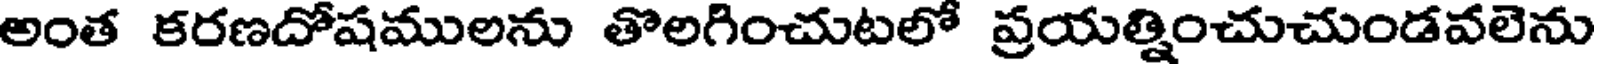
అంత కరణదోషములను తొలగించుటలో ప్రయత్నించుచుండవలెను